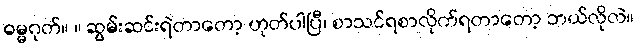
ဓမ္မဂုတ်။ ။ ဆွမ်းဆင်းရဲတာတော့ ဟုတ်ပါပြီ၊ စာသင်ရစာလိုက်ရတာတော့ ဘယ်လိုလဲ။